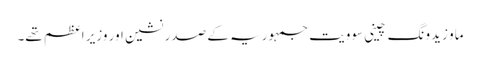
ماو زیدونگ چینی سوویت جمہوریہ کے صدر نشین اور وزیر اعظم تھے۔